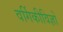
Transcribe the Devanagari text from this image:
वर्गिकीविज्ञों